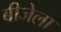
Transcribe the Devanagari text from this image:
बीजेला